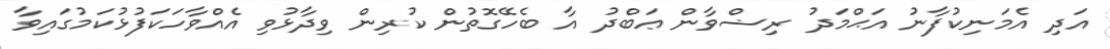
އަދި އެމަނިކުފާނު އަޙްމަދު ރިޟްވާން ޢަބްދު އާ ބެހޭގޮތުން ކުރިން ވިދާޅުވި އެއްވާހަކަފުޅުކަމުގައިވާ